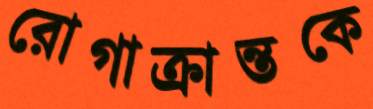
রোগাক্রান্তকে